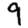
Digit: 9